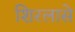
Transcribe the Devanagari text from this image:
शिरलासे